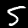
Label: 5